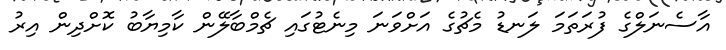
އާސެނަލްގެ ފުރަތަމަ ލަނޑު މެޗުގެ އަށްވަނަ މިނެޓުގައި ޗެމްބާލޭން ކާމިޔާބު ކޮށްދިން އިރު